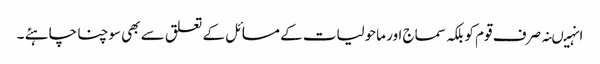
انہیںنہ صرف قوم کو بلکہ سماج اور ماحولیات کے مسائل کے تعلق سے بھی سوچنا چاہئے ۔